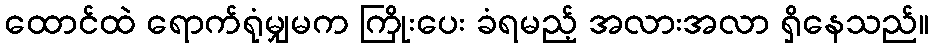
ထောင်ထဲ ရောက်ရုံမျှမက ကြိုးပေး ခံရမည့် အလားအလာ ရှိနေသည်။